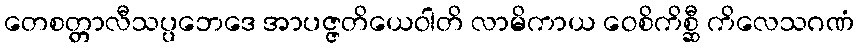
တေစတ္တာလီသပ္ပဘေဒေ အာပဇ္ဇတိယေဝါတိ လာမိကာယ ဝေစိကိစ္ဆီ ကိလေသဂဏံ